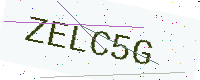
Text: ZELC5G